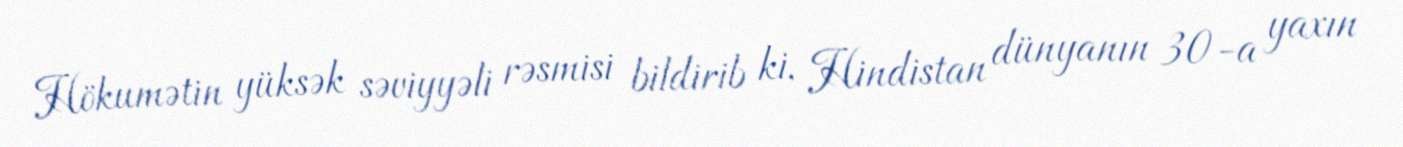
Hökumətin yüksək səviyyəli rəsmisi bildirib ki, Hindistan dünyanın 30-a yaxın